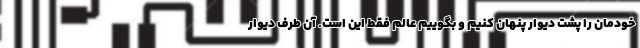
خودمان را پشت دیوار پنهان کنیم و بگوییم عالم فقط این است. آن طرف دیوار